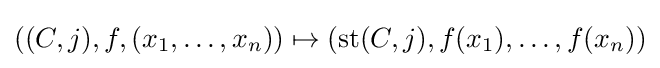
((C,j),f,(x_{1},\ldots ,x_{n}))\mapsto (\mathrm {st} (C,j),f(x_{1}),\ldots ,f(x_{n}))